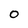
Character: 0